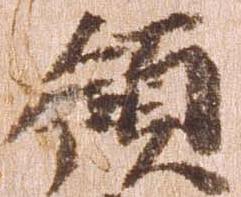
領